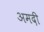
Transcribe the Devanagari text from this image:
अमदी